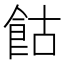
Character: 𩚩